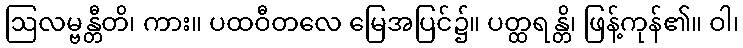
ဩလမ္ဗန္တီတိ၊ ကား။ ပထဝီတလေ မြေအပြင်၌။ ပတ္ထရန္တိ၊ ဖြန့်ကုန်၏။ ဝါ၊